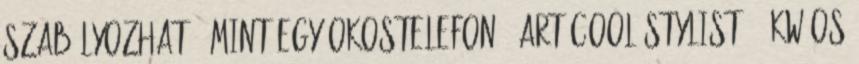
szabályozható, mint egy okostelefon . Art Cool Stylist 2,6kW-os